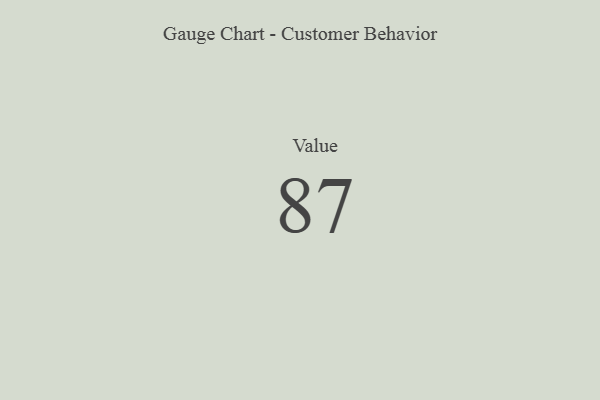
{"axis": {"x": "Metric", "y": "Value"}, "legend": [""], "data": [{"x": "Value", "y": 87, "type": ""}]}